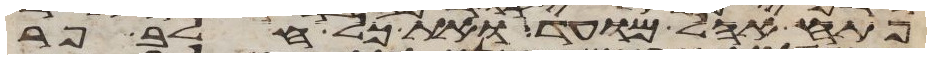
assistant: פתח אהל מועד ואת כל חלב פר